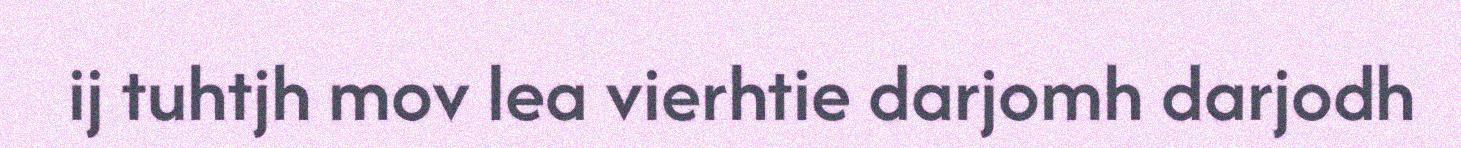
ij tuhtjh mov lea vierhtie darjomh darjodh